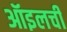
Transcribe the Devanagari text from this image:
ऑइलची